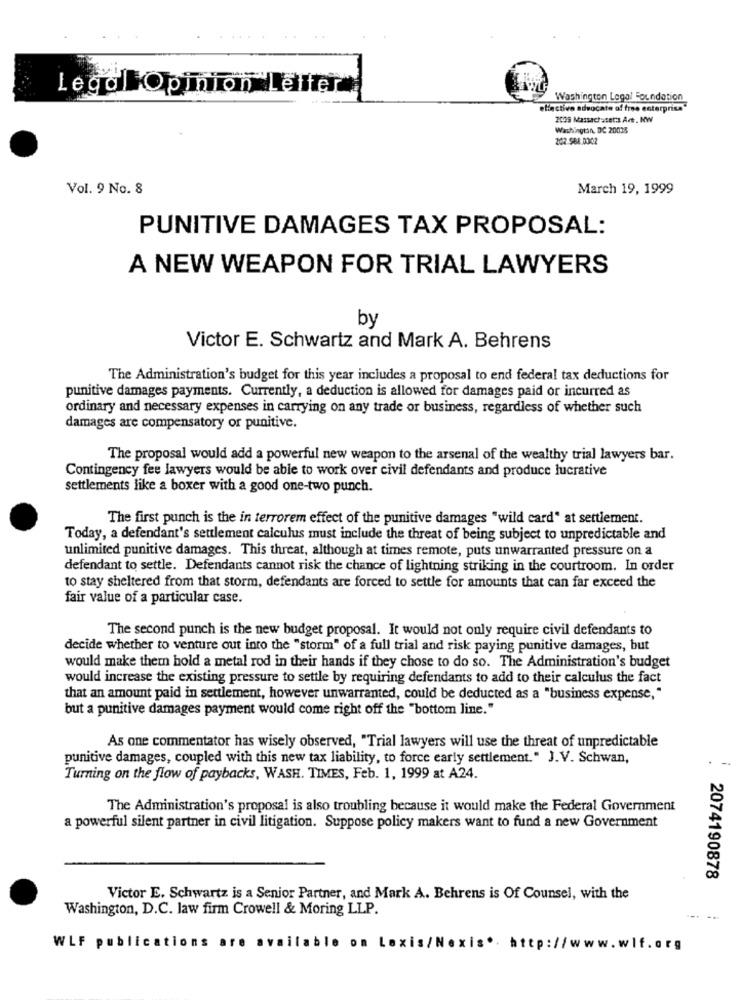
LegalOpinion leiter
Washington Legal Foundation
eliactive advocate of free enterprise"
2009 Massachuset:s Art. NW
Washington, DC 20035
202 984.0302
Vol. 9 No. 8
March 19, 1999
PUNITIVE DAMAGES TAX PROPOSAL:
A NEW WEAPON FOR TRIAL LAWYERS
by
Victor E. Schwartz and Mark A. Behrens
The Administration's budget for this year includes a proposal to end federal tax deductions for
punitive damages payments. Currently, a deduction is allowed for damages paid or incurred as
ordinary and necessary expenses in carrying on any trade or business, regardless of whether such
damages are compensatory or punitive.
The proposal would add a powerful new weapon to the arsenal of the wealthy trial lawyers bar.
Contingency fee lawyers would be able to work over civil defendants and produce lucrative
settlements like a boxer with a good one-two punch.
The first punch is the in terrorem effect of the punitive damages "wild card" at settlement.
Today, a defendant's settlement calculus must include the threat of being subject to unpredictable and
unlimited punitive damages. This threat, although at times remote, puts unwarranted pressure on a
defendant to settle. Defendants cannot risk the chance of lightning striking in the courtroom. In order
to stay sheltered from that storm, defendants are forced to settle for amounts that can far exceed the
fair value of a particular case.
The second punch is the new budget proposal. It would not only require civil defendants to
decide whether to venture out into the "storm" of a full trial and risk paying punitive damages, but
would make thetn hold a metal rod in their hands if they chose to do so. The Administration's budget
would increase the existing pressure to settle by requiring defendants to add to their calculus the fact
that an amount paid in settlement, however unwarranted, could be deducted as a "business expense,"
but a punitive damages payment would come right off the "bottom line."
As one commentator has wisely observed, "Trial lawyers will use the threat of unpredictable
punitive damages, coupled with this new tax liability, to force early settlement." J.V. Schwan,
Turning on the flow of paybacks, WASH. TIMES, Feb. 1, 1999 at A24.
The Administration's proposal is also troubling because it would make the Federal Government
a powerful silent partner in civil litigation. Suppose policy makers want to fund a new Government
2074190878
Victor E. Schwartz is a Senior Partner, and Mark A. Behrens is Of Counsel, with the
Washington, D.C. law firm Crowell & Moring LLP.
--- --
WLF publications
le on Lexis/Nexis .. http://www.wlf.org